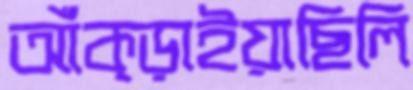
আঁক্‌ড়াইয়াছিলি